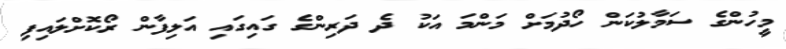
މީހުންގެ ސަމާލުކަން ހޯދުމަށް މަންމަ އަކު ދެ ދަރިންގެ ގައިގައި އަލިފާން ރޯކޮށްލައިފި